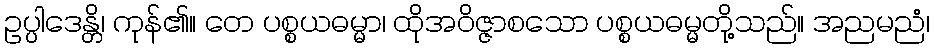
ဥပ္ပါဒေန္တိ၊ ကုန်၏။ တေ ပစ္စယဓမ္မာ၊ ထိုအဝိဇ္ဇာစသော ပစ္စယဓမ္မတို့သည်။ အညမညံ၊